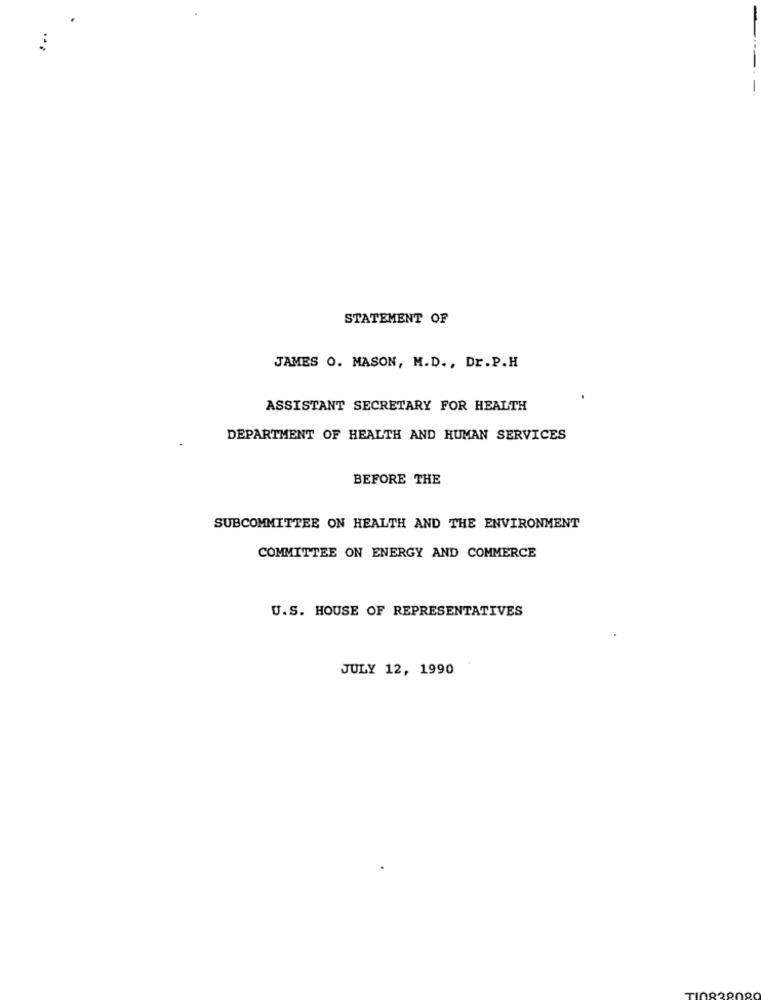
STATEMENT OF
JAMES O. MASON, M.D ., Dr.P.H
ASSISTANT SECRETARY FOR HEALTH
DEPARTMENT OF HEALTH AND HUMAN SERVICES
BEFORE THE
SUBCOMMITTEE ON HEALTH AND THE ENVIRONMENT
COMMITTEE ON ENERGY AND COMMERCE
U.S. HOUSE OF REPRESENTATIVES
JULY 12, 1990